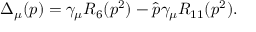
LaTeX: \Delta _ { \mu } ( p ) = \gamma _ { \mu } R _ { 6 } ( p ^ { 2 } ) - \hat { p } \gamma _ { \mu } R _ { 1 1 } ( p ^ { 2 } ) .